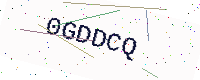
Text: 0GDDCQ